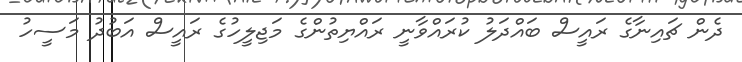
ދެން ޗައިނާގެ ރައީސް ބައްދަލު ކުރައްވާނީ ރައްޔިތުންގެ މަޖިލީހުގެ ރައީސް އަބުދު މަސީހު